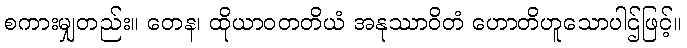
စကားမျှတည်း။ တေန၊ ထိုယာဝတတိယံ အနုဿာဝိတံ ဟောတိဟူသောပါဌ်ဖြင့်။